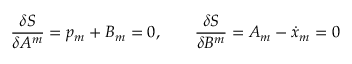
\frac { \delta S } { \delta A ^ { m } } = p _ { m } + B _ { m } = 0 , \qquad \frac { \delta S } { \delta B ^ { m } } = A _ { m } - \dot { x } _ { m } = 0